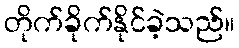
တိုက်ခိုက်နိုင်ခဲ့သည်။